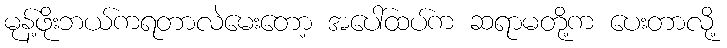
မုန့်ဖိုးဘယ်ကရတာလဲမေးတော့ အပေါ်ထပ်က ဆရာမတို့က ပေးတာလို့